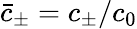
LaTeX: \bar{c}_{\pm}=c_{\pm}/c_{0}